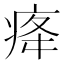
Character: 𤵸